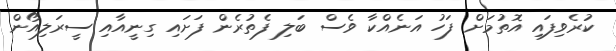
ކުރެވިފައި އޮތުމަށް ފަހު އަނެއްކާ ވެސް ބަލި ފެތުރެން ފަށައި ގިނީއާއި ސީރަލިއޯން